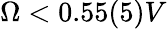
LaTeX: \Omega<0.55(5)V